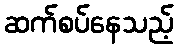
ဆက်စပ်နေသည့်